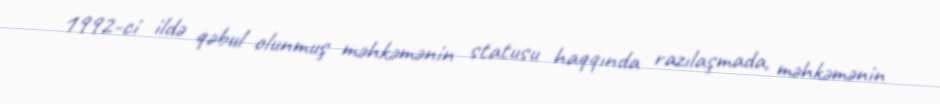
1992-ci ildə qəbul olunmuş məhkəmənin statusu haqqında razılaşmada, məhkəmənin